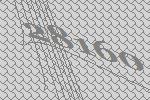
28160